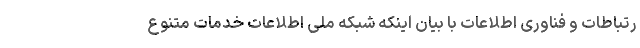
رتباطات و فناوری اطلاعات با بیان اینکه شبکه ملی اطلاعات خدمات متنوع